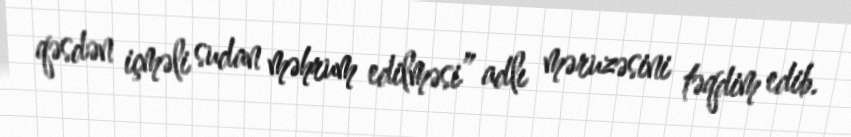
qəsdən içməli sudan məhrum edilməsi” adlı məruzəsini təqdim edib.